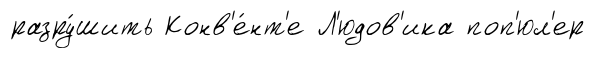
разру́шить Конв'е́нт'е Л'юдов'ика поп'юл'ер